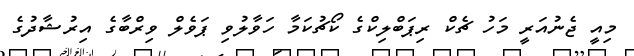
މިއީ ޖެނުއަރީ މަހު ޗެކް ރިޕަބްލިކްގެ ކޯޗުކަމާ ހަވާލުވި ޕަވެލް ވިރްބާގެ އިރުޝާދުގެ